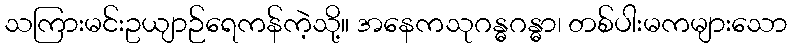
သကြားမင်းဥယျာဉ်ရေကန်ကဲ့သို့။ အနေကသုဂန္ဓဂန္ဓာ၊ တစ်ပါးမကများသော